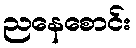
ညနေစောင်း